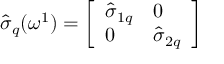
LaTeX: \hat { \sigma } _ { q } ( \omega ^ { 1 } ) = \left[ \begin{array} { l l } { { \hat { \sigma } _ { 1 q } } } & { { 0 } } \\ { { 0 } } & { { \hat { \sigma } _ { 2 q } } } \end{array} \right]